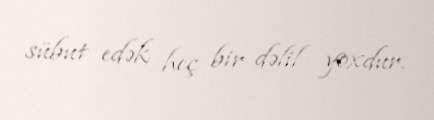
sübut edək heç bir dəlil yoxdur.